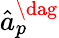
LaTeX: \hat{a}_{p}^{\dag}